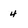
Character: 4